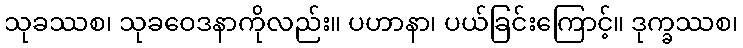
သုခဿစ၊ သုခဝေဒနာကိုလည်း။ ပဟာနာ၊ ပယ်ခြင်းကြောင့်။ ဒုက္ခဿစ၊